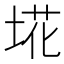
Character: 埖